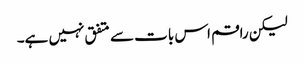
لیکن راقم اس بات سے متفق نہیں ہے۔